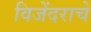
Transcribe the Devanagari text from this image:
विजेंदराचे